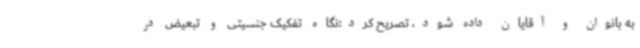
به بانوان و آقایان داده شود، تصریح کرد:نگاه تفکیک جنسیتی و تبعیض در